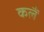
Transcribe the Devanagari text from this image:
कलैं